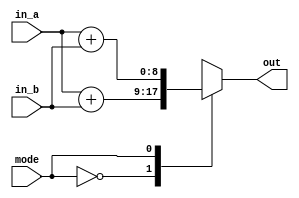
module ALU ( out , mode , in_a , in_b  );

input mode;
input  [7:0] in_a , in_b;
output [8:0] out;

reg [8:0] out;

always @(*) begin
	case (mode)
		1'b0: out = in_a + in_b;
		1'b1: out = $signed(in_a) + $signed(in_b);
		default : out = in_a + in_b;
	endcase
end

endmodule